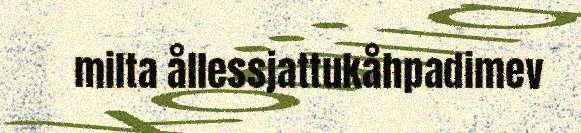
milta ållessjattukåhpadimev